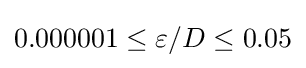
0.000001\leq \varepsilon /D\leq 0.05